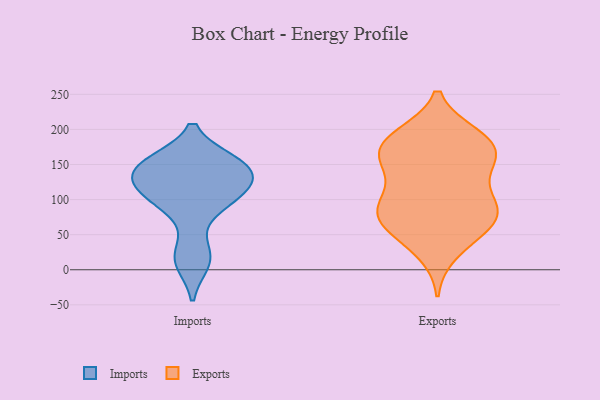
{"axis": {"x": "Temperature (°C)", "y": "Value"}, "legend": ["Exports", "Imports"], "data": [{"x": "", "y": 110, "type": "Imports"}, {"x": "", "y": 145, "type": "Imports"}, {"x": "", "y": 103, "type": "Imports"}, {"x": "", "y": 124, "type": "Imports"}, {"x": "", "y": 22, "type": "Imports"}, {"x": "", "y": 153, "type": "Imports"}, {"x": "", "y": 126, "type": "Imports"}, {"x": "", "y": 150, "type": "Imports"}, {"x": "", "y": 89, "type": "Imports"}, {"x": "", "y": 151, "type": "Imports"}, {"x": "", "y": 11, "type": "Imports"}, {"x": "", "y": 51, "type": "Exports"}, {"x": "", "y": 75, "type": "Exports"}, {"x": "", "y": 106, "type": "Exports"}, {"x": "", "y": 68, "type": "Exports"}, {"x": "", "y": 186, "type": "Exports"}, {"x": "", "y": 85, "type": "Exports"}, {"x": "", "y": 191, "type": "Exports"}, {"x": "", "y": 55, "type": "Exports"}, {"x": "", "y": 154, "type": "Exports"}, {"x": "", "y": 152, "type": "Exports"}, {"x": "", "y": 94, "type": "Exports"}, {"x": "", "y": 85, "type": "Exports"}, {"x": "", "y": 184, "type": "Exports"}, {"x": "", "y": 154, "type": "Exports"}, {"x": "", "y": 92, "type": "Exports"}, {"x": "", "y": 25, "type": "Exports"}, {"x": "", "y": 146, "type": "Exports"}, {"x": "", "y": 172, "type": "Exports"}, {"x": "", "y": 187, "type": "Exports"}]}